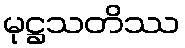
မုဋ္ဌသတိဿ